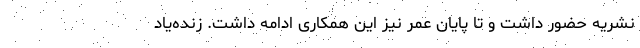
نشریه حضور داشت و تا پایان عمر نیز این همکاری ادامه داشت. زنده‌یاد